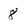
Character: 8